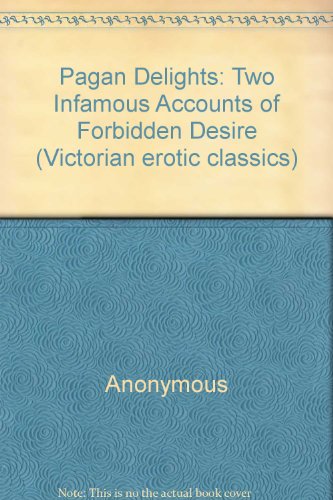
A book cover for Pagan Delights: Two Infamous Accounts of Forbidden Desire (Victorian erotic classics); Anonymous; Romance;